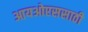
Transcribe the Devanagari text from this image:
आयओएससाठी